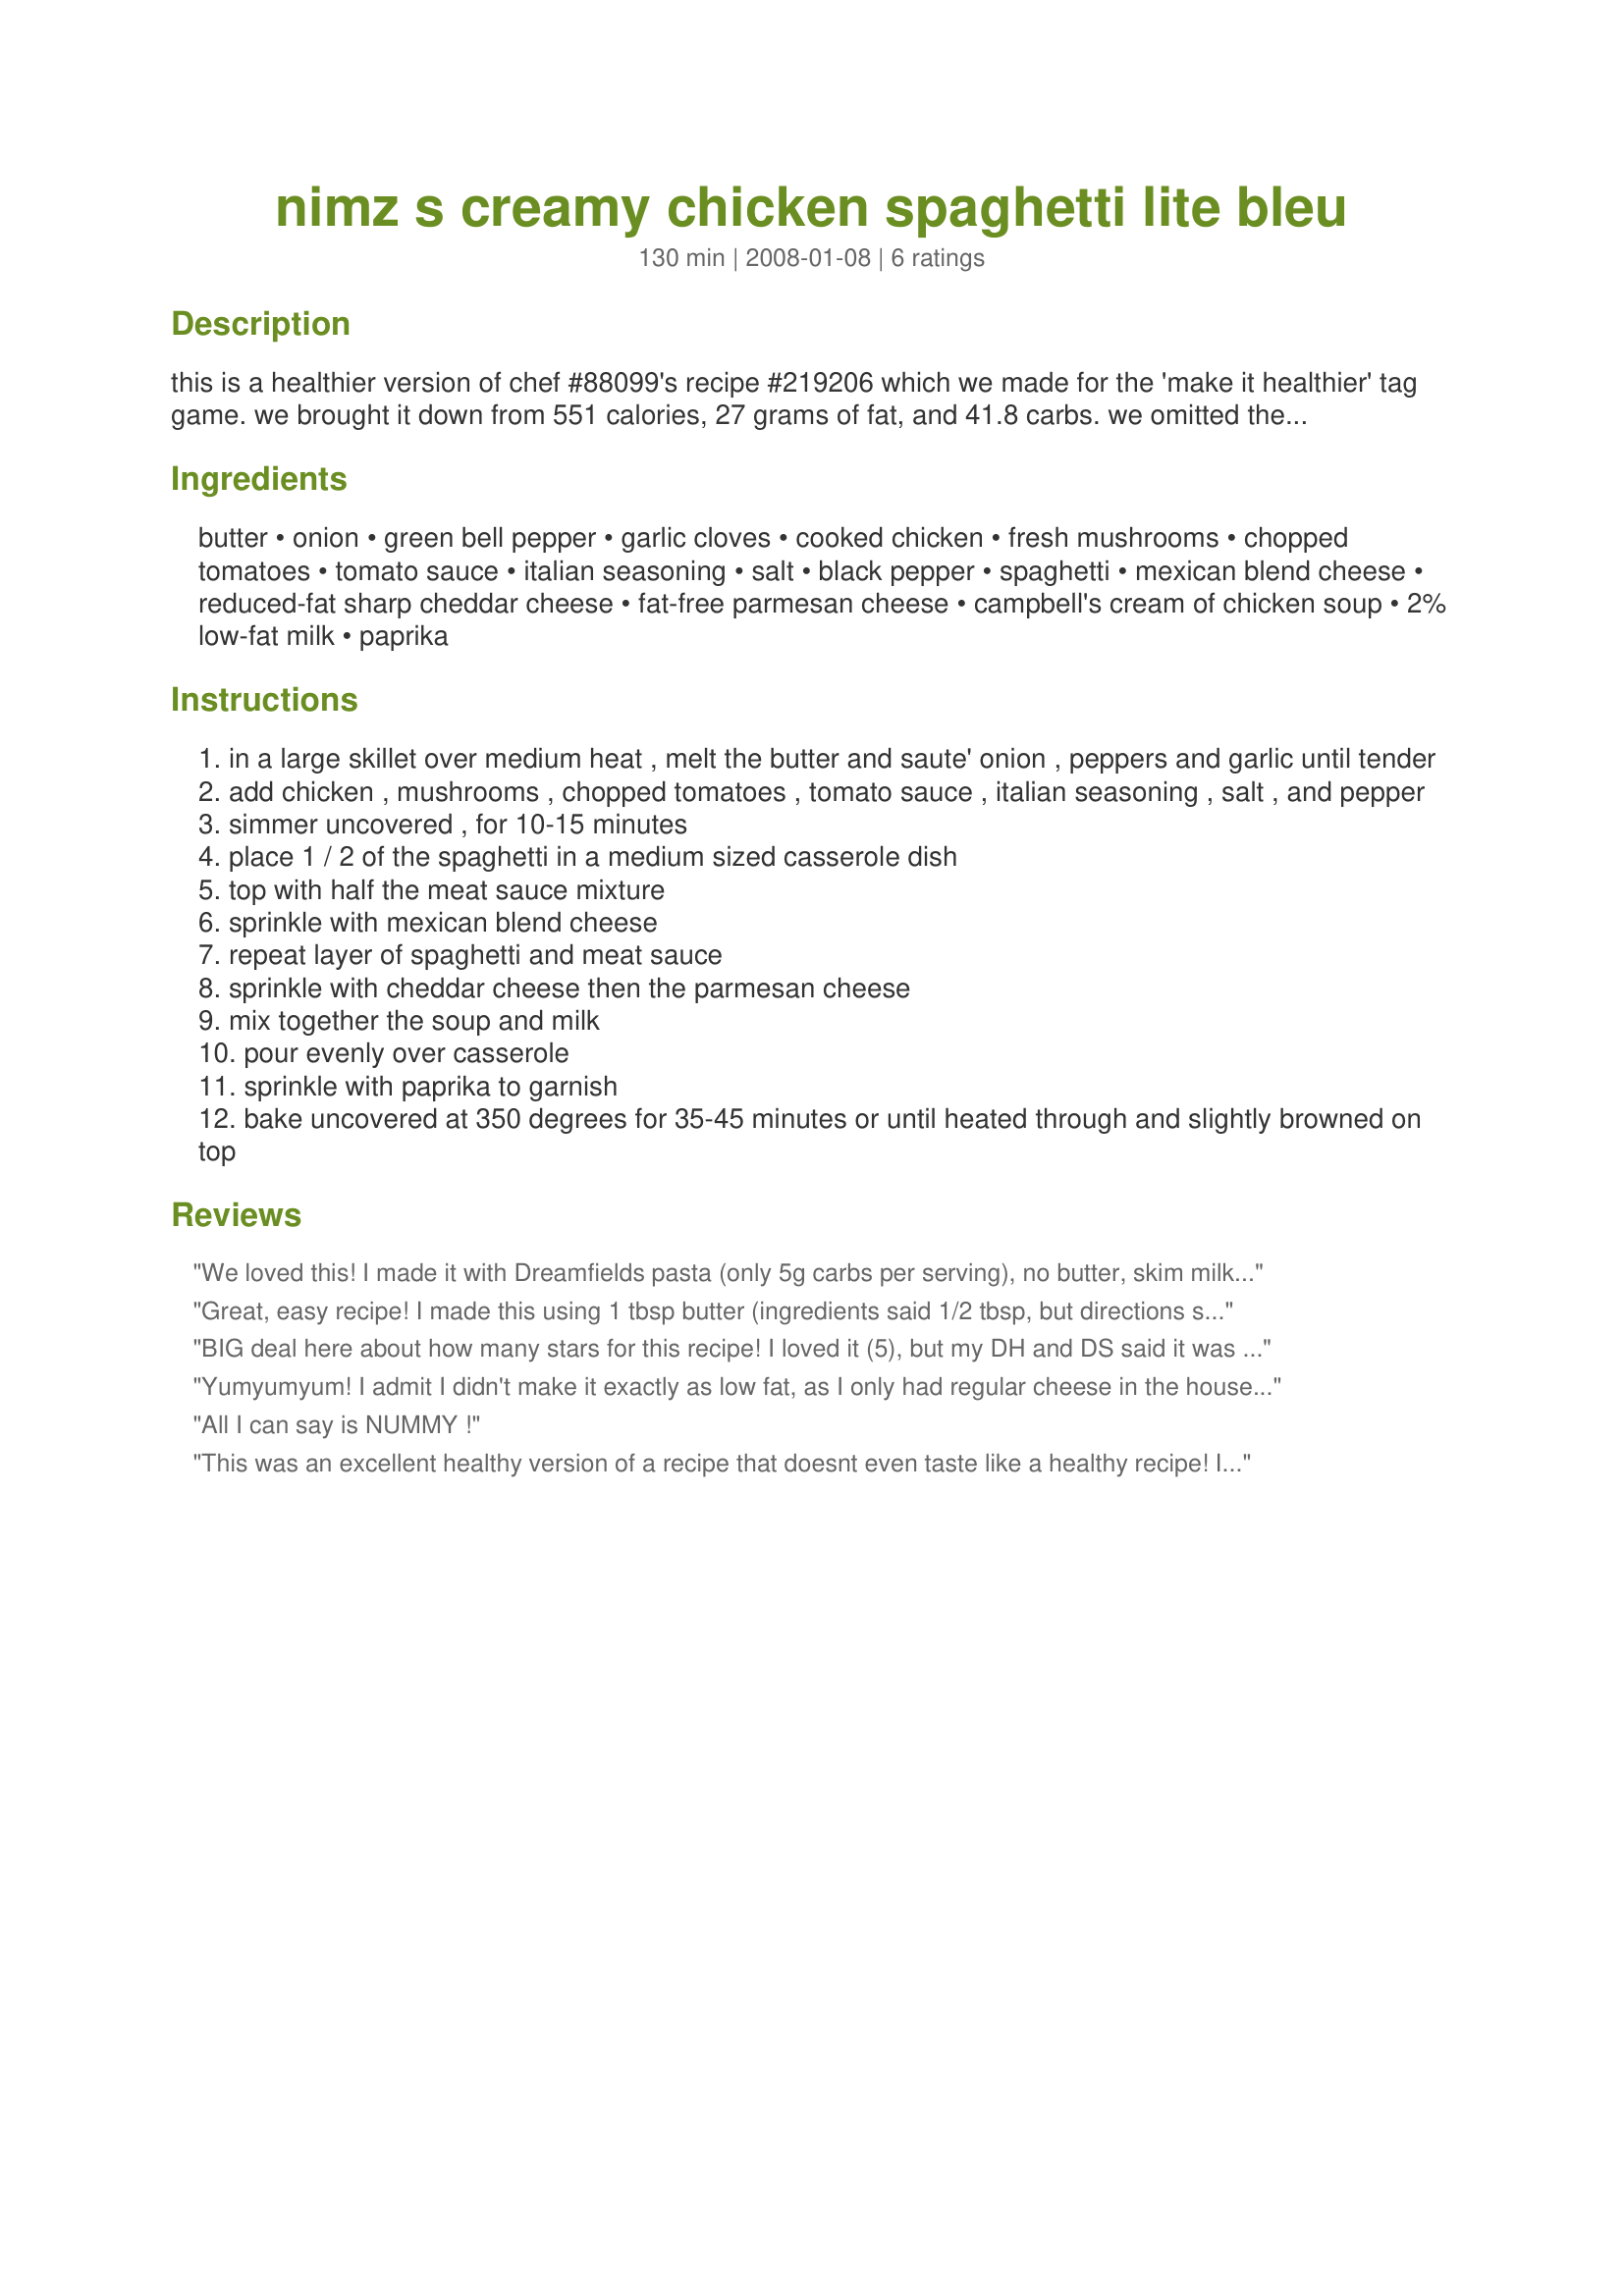
nimz s creamy chicken spaghetti lite bleu
Preparation time: 130 minutes

this is a healthier version of chef #88099's recipe #219206 which we made for the 'make it healthier' tag game. we brought it down from 551 calories, 27 grams of fat, and 41.8 carbs. we omitted the olives and red pepper, used reduced-fat items, and changed the quantity of some items as well. all lite-bleu recipes are complete meals that we designed for our weight loss diet. please visit our homepage for more info.

Ingredients:
butter, onion, green bell pepper, garlic cloves, cooked chicken, fresh mushrooms, chopped tomatoes, tomato sauce, italian seasoning, salt, black pepper, spaghetti, mexican blend cheese, reduced-fat sharp cheddar cheese, fat-free parmesan cheese, campbell's cream of chicken soup, 2% low-fat milk, paprika

Steps:
in a large skillet over medium heat , melt the butter and saute' onion , peppers and garlic until tender
add chicken , mushrooms , chopped tomatoes , tomato sauce , italian seasoning , salt , and pepper
simmer uncovered , for 10-15 minutes
place 1 / 2 of the spaghetti in a medium sized casserole dish
top with half the meat sauce mixture
sprinkle with mexican blend cheese
repeat layer of spaghetti and meat sauce
sprinkle with cheddar cheese then the parmesan cheese
mix together the soup and milk
pour evenly over casserole
sprinkle with paprika to garnish
bake uncovered at 350 degrees for 35-45 minutes or until heated through and slightly browned on top

Reviews:
We loved this! I made it with Dreamfields pasta (only 5g carbs per serving), no butter, skim milk and 2% cheese. It was amazing and pretty too :)
Great, easy recipe! I made this using 1 tbsp butter (ingredients said 1/2 tbsp, but directions said 1 tbsp - more butter is always better, right :-) I think next time I will actually omit the butter all together and just use cooking spray. I also used 1 can rotel w/mild green chilis (again, ingredients said 1 can chopped tomoto, but directions actually stated rotel, which gave me the idea). The rotel gave it a nice little kick, but I think plain chopped tomatoes would be just as good. Also, didn't have any shredded parmesan, so just sprinkled some grated instead. Will definitely make this again - thanks for sharing!
BIG deal here about how many stars for this recipe! I loved it (5), but my DH and DS said it was OK (3/4). So, taking an average and considering some of the changes I made that I think made it even better, we go w/ a 4 star. First, I used the full 6 oz of tomato sauce since I didn't have a use for the other 2 oz. I used a 10 oz. can Rotel since I couldn't find any other tomatoes in a 10 oz can. I used Healthy Request soup which is lower in fat, sodium and calories mixed with skim milk, and whole wheat spaghetti (more fiber!). Maybe due to the extra tomato sauce, my 2 1/2 qt. casserole dish was almost overflowing. I poked holes down to the bottom to let the soup mixture seep in and that helped, plus made it even creamier throughout. Also, couldn't find fat-free parm, so used the regular. I'd say this could feed a few more eaters. We each had seconds and I still have lots leftover for lunches! Thanks 2Bleu!
Yumyumyum! I admit I didn't make it exactly as low fat, as I only had regular cheese in the house. But, this used up a lot of stuff I had in the fridge, and it was completely devoured. I had intended to freeze half, but when we were done, there was barely one lunch serving left! Thanks for another terrific one, and thanks to Nimz for the starting point!
All I can say is NUMMY !
This was an excellent healthy version of a recipe that doesnt even taste like a healthy recipe! I did kinda make it even more healthy by using skim milk, whole wheat pasta, and a homemade version of "cream of whatever" soup. I added a bit more garlic... well a whole lot more haha. Great recipe I plan on making again with diffrent cooked meats.
